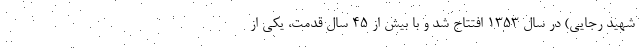
شهید رجایی) در سال 1353 افتتاح شد و با بیش از 45 سال قدمت، یکی از